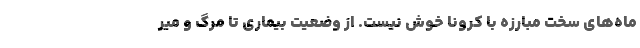
ماه‌های سخت مبارزه با کرونا خوش نیست. از وضعیت بیماری تا مرگ و میر